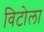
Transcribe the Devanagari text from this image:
विटोला